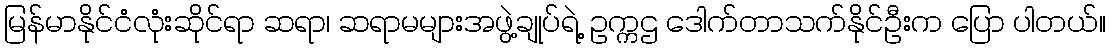
မြန်မာနိုင်ငံလုံးဆိုင်ရာ ဆရာ၊ ဆရာမများအဖွဲ့ချုပ်ရဲ့ ဥက္ကဌ ဒေါက်တာသက်နိုင်ဦးက ပြော ပါတယ်။